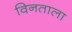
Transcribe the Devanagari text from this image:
विनताला